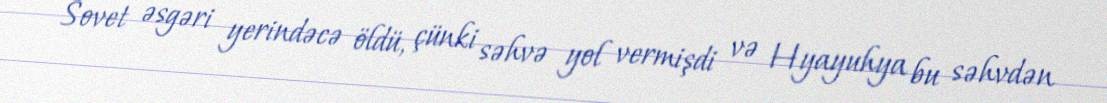
Sovet əsgəri yerindəcə öldü, çünki səhvə yol vermişdi və Hyayuhya bu səhvdən